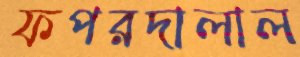
ফপরদালাল